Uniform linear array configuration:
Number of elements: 64
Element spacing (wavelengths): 1
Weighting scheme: cosine
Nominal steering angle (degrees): -45
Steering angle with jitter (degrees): -46.096
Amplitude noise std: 0.05
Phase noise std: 0.05

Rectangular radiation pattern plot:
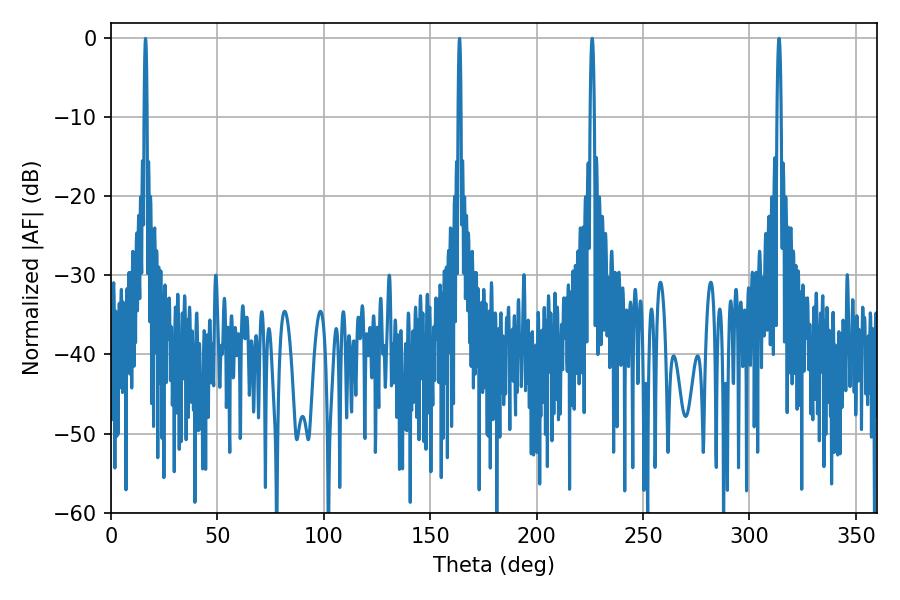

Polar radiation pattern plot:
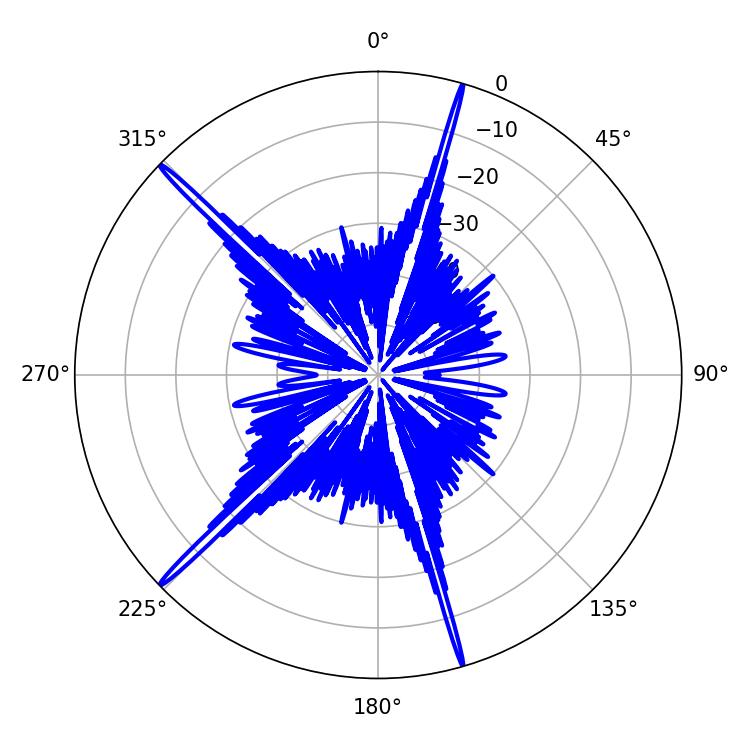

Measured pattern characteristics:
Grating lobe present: TRUE
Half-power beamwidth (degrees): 1.08
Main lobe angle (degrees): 226.08